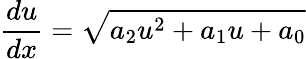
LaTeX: \frac{du}{dx}=\sqrt{a_{2}u^{2}+a_{1}u+a_{0}}